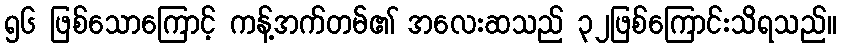
၅၆ ဖြစ်သောကြောင့် ကန့်အက်တမ်၏ အလေးဆသည် ၃၂ဖြစ်ကြောင်းသိရသည်။